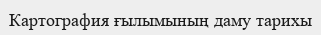
Картография ғылымының даму тарихы